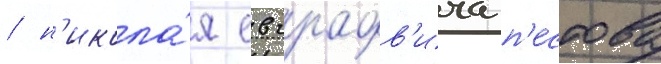
/ н'икола́я евграфов'ича п'естова